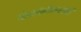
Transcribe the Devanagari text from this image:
बंडखोरीमध्येही